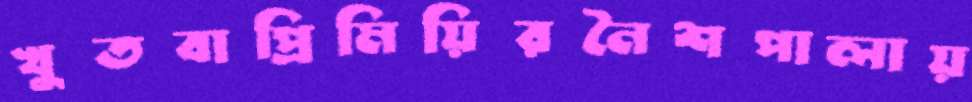
খুতবাপ্রিমিয়িরনৈশপালায়